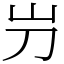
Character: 屶